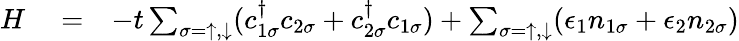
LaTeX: \begin{array}{rlr}{H}&{{}=}&{-t\sum_{\sigma=\uparrow,\downarrow}(c_{1\sigma}^{\dagger}c_{2\sigma}+c_{2\sigma}^{\dagger}c_{1\sigma})+\sum_{\sigma=\uparrow,\downarrow}(\epsilon_{1}n_{1\sigma}+\epsilon_{2}n_{2\sigma})}\end{array}